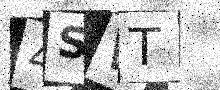
Text: 4SWT